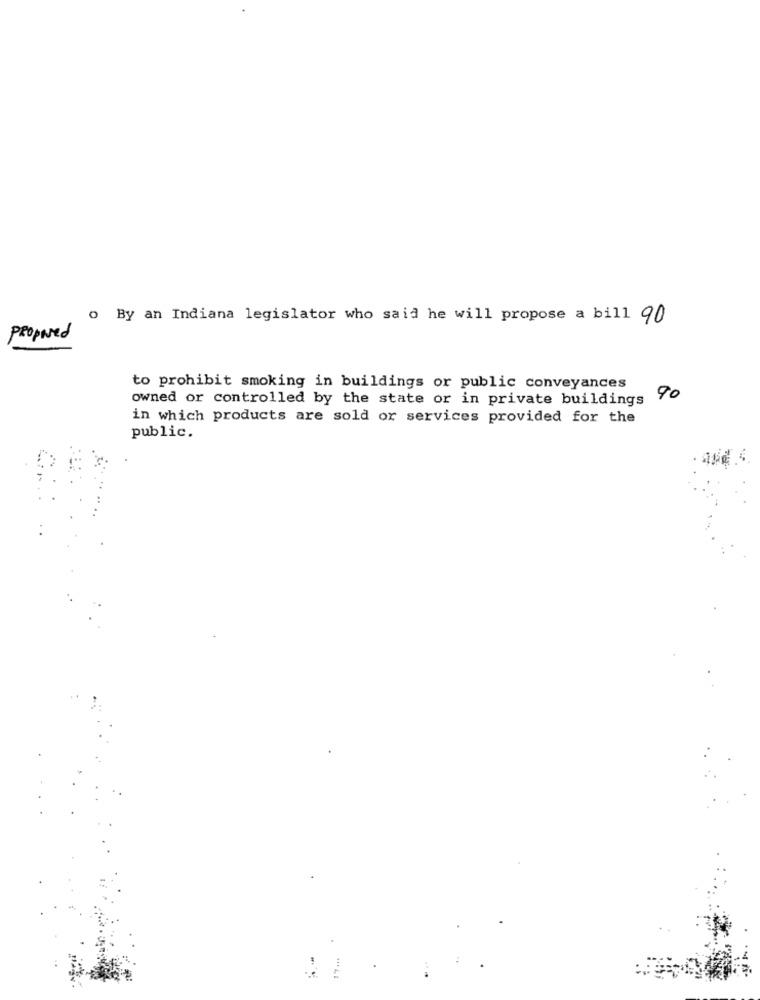
0 By an Indiana legislator who said he will propose a bill 90
Proposed
to prohibit smoking in buildings or public conveyances
owned or controlled by the state or in private buildings 90
in which products are sold or services provided for the
public.